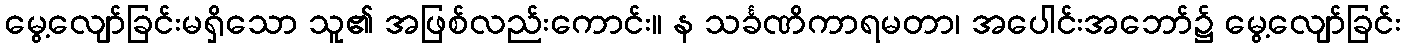
မွေ့လျော်ခြင်းမရှိသော သူ၏ အဖြစ်လည်းကောင်း။ န သင်္ခဏိကာရမတာ၊ အပေါင်းအဘော်၌ မွေ့လျော်ခြင်း